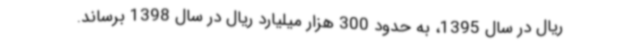
ریال در سال 1395، به حدود 300 هزار میلیارد ریال در سال 1398 برساند.